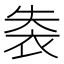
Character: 𧙍